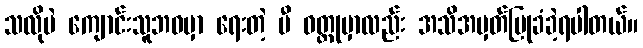
သလိုပဲ ကျောင်းသူဘဝမှာ ရေးတဲ့ မီ ဝတ္ထုမှာလည်း အသိအမှတ်ပြုခံခဲ့ရပါတယ်။